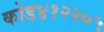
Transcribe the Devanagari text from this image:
कोड४१२२०५